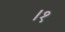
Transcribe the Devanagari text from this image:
।१